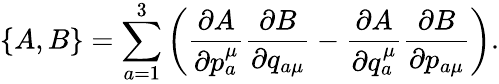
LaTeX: \{ A,B\} =\sum_{a=1}^{3}\left(\frac{\partial A}{\partial{p_{a}^{\mu}}}\frac{\partial B}{\partial{q_{a\mu}}}-\frac{\partial A}{\partial{q_{a}^{\mu}}}\frac{\partial B}{\partial{p_{a\mu}}}\right).